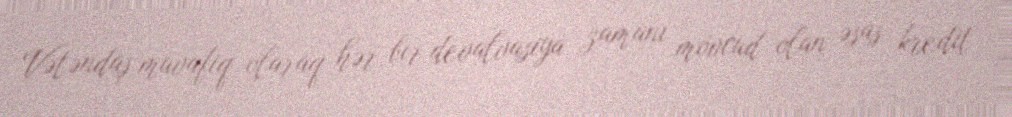
Vətəndaş müvafiq olaraq hər bir devalvasiya zamanı mövcud olan əsas kredit